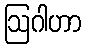
ဩဂါဟာ